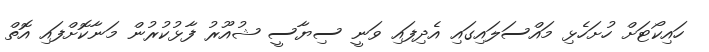
ހައިކޯޓަށް ހުށަހެޅި މައްސަލައިގައި އެދިފައި ވަނީ ސިޔާސީ ޝުއޫރު ފާޅުކުރުން މަނާކޮށްފައި އޮތް